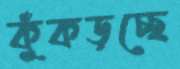
কুঁকড়চ্ছে